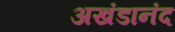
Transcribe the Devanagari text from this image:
अखंडानंद